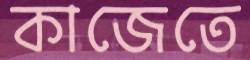
কাজেতে